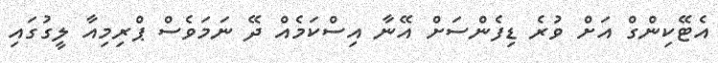
އެޓޭކިންގް އަށް ވުރެ ޑިފެންސަށް އޭނާ އިސްކަމެއް ދޭ ނަމަވެސް ޕްރިމިއާ ލީގުގައި